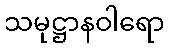
သမုဋ္ဌာနဝါရော